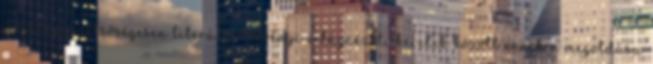
jelenlegi szélsőségesen liberális törvényi-világnézeti keretek között ennek a megoldása